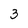
Character: 3